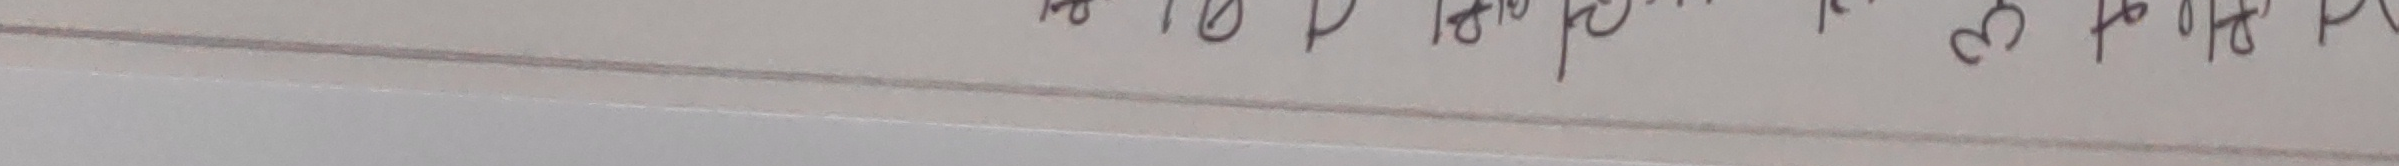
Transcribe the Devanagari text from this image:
१० १० १० १० १० १०